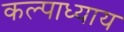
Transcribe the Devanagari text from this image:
कल्पाध्याय